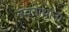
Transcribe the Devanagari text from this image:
नवनाथांना